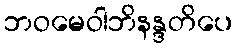
ဘဝမေဝါဘိနန္ဒတိပေ